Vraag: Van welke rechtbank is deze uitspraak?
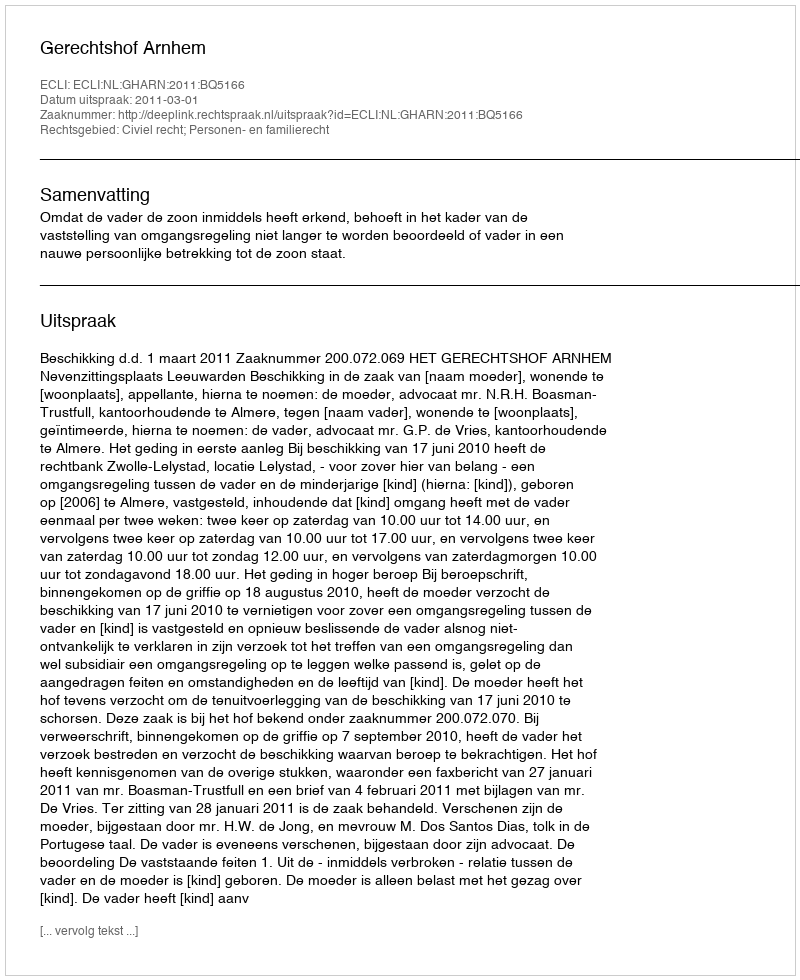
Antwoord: Gerechtshof Arnhem